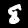
Label: 8